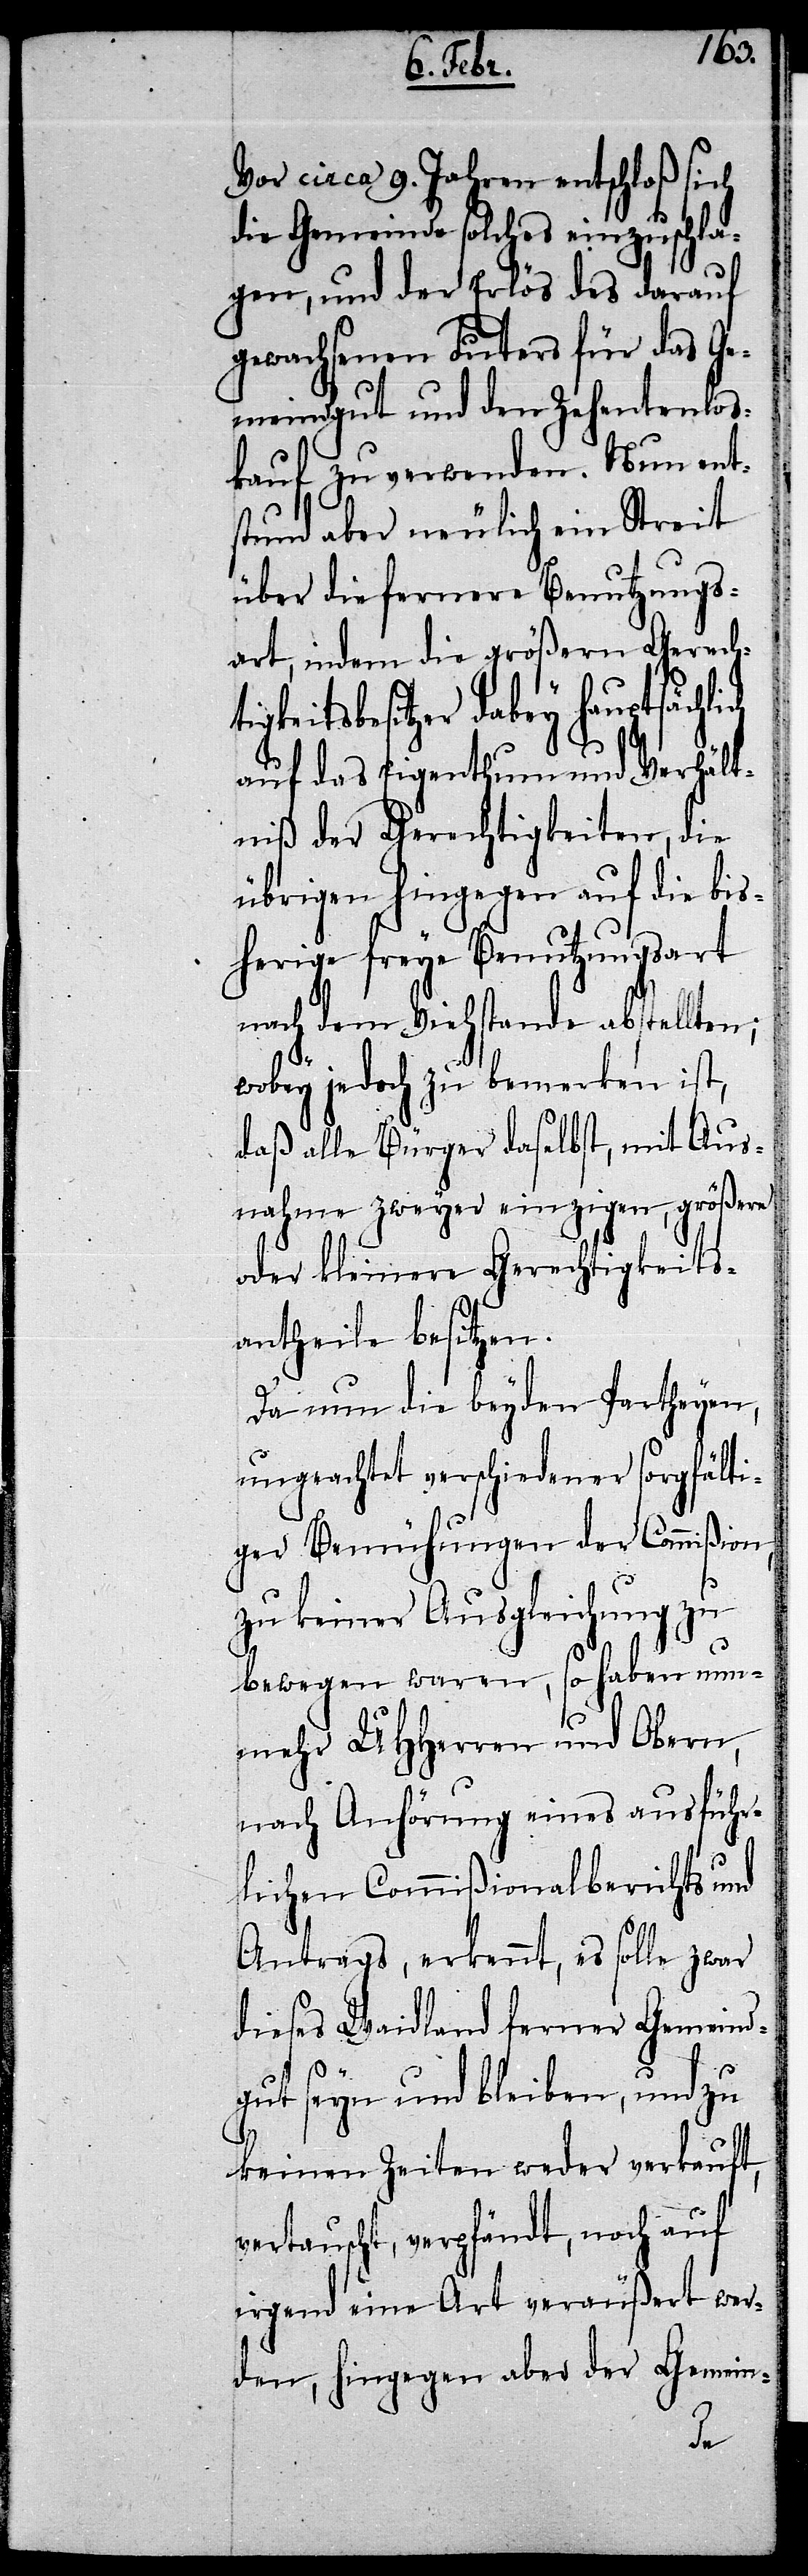
Vor circa 9. Jahren entschloß sich
die Gemeinde solches einzuschla¬
gen, und der Erlös des darauf
gewachsenen Futers für das Ge¬
meindgut und den Zehentenlos¬
kauf zu verwenden. Nun ent¬
stund aber neulich ein Streit
über die fernere Benutzungs¬
art, indem die größern Gerech¬
gkeitsbesitzer dabey hauptsächli¬
auf das Eigenthum und Verhält¬
niß der Gerechtigkeiten, die
übrigen hingegen auf die bis¬
herige freye Benutzungsart
nach dem Viehstande abstellten;
wobey jedoch zu bemerken ist,
daß alle Bürger daselbst, mit Aus¬
nahme zweyer einzigen, größere
oder kleinere Gerechtigkeits¬
antheile besitzen.
Da nun die beyden Partheyen,
ungeachtet verschiedener sorgfälti¬
ger Bemühungen der Commißion,
zu keiner Ausgleichung zu
bewegen waren, so haben nun¬
mehr UHHerren und Obern,
nach Anhörung eines ausführ¬
lichen Commißionalberichts und
Antrags, erkennt, es solle zwar
dieses Waidland ferner Gemeind¬
gut seyn und bleiben, und zu
keinen Zeiten weder verkauft,
vertauscht, verpfändt, noch auf
irgend eine Art veräußert wer¬
den, hingegen aber der Gemein-
ch